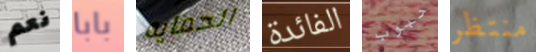
نعم بابا الحمايه الفائدة حبوب منتظر